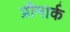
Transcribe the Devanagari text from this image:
प्रीमार्क